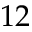
1 2